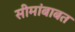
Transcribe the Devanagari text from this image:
सीमांबाबत